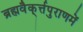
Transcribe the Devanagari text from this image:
ब्रह्मवैक्‌र्त्तपुराणमें